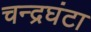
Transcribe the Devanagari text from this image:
चन्द्रघंटा